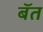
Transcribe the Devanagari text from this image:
बॅत